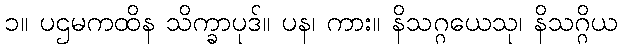
၁။ ပဌမကထိန သိက္ခာပုဒ်။ ပန၊ ကား။ နိသဂ္ဂယေသု၊ နိသဂ္ဂိယ